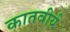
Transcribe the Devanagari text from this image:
कातवीर्य